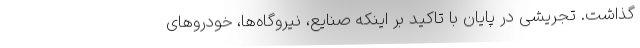
گذاشت. تجریشی در پایان با تاکید بر اینکه صنایع، نیروگاه‌ها، خودروهای